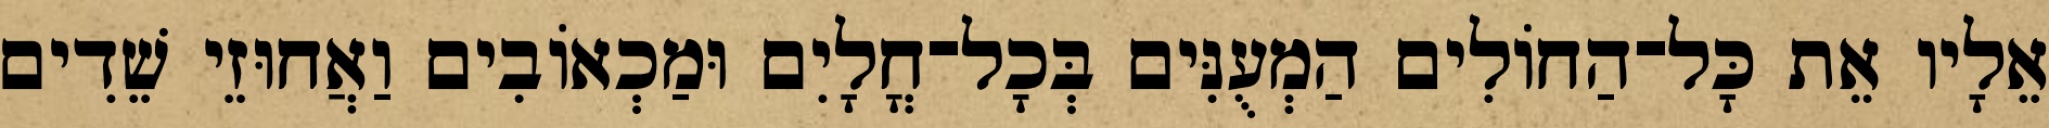
אֵלָיו אֵת כָּל־הַחוֹלִים הַמְעֻנִּים בְּכָל־חֳלָיִם וּמַכְאוֹבִים וַאֲחוּזֵי שֵׁדִים